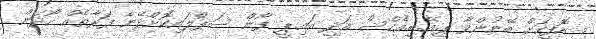
މި އޮފީހަށް ބޭނުންވާ ޕީ.އޭ.ބީ.އެކްސް އަދި އައި.ޕީ ފޯން ސަޕްލައިކޮށްދޭނެ ފަރާތެއް ހޯދަން